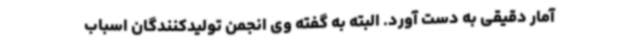
آمار دقیقی به دست آورد. البته به گفته وی انجمن تولیدکنندگان اسباب